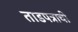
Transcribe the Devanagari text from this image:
ताडपत्राची